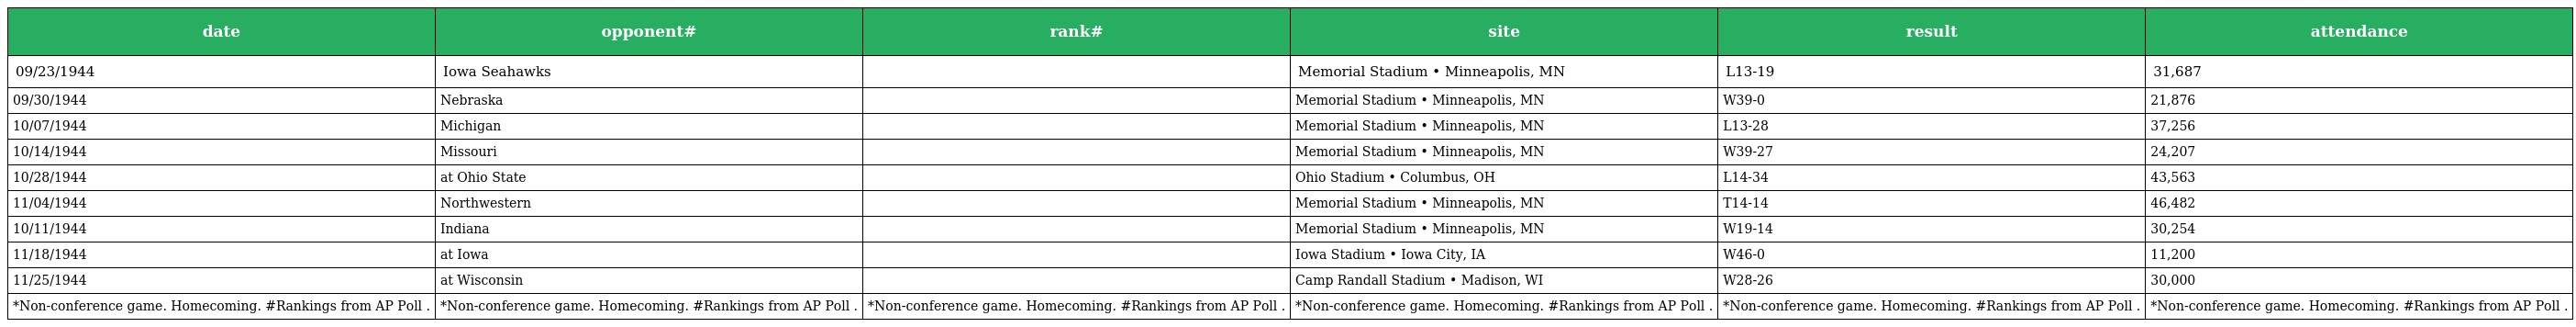
| date | opponent# | rank# | site | result | attendance |
 | --- | --- | --- | --- | --- | --- |
 | 09/23/1944 | Iowa Seahawks |  | Memorial Stadium • Minneapolis, MN | L13-19 | 31,687 |
 | 09/30/1944 | Nebraska |  | Memorial Stadium • Minneapolis, MN | W39-0 | 21,876 |
 | 10/07/1944 | Michigan |  | Memorial Stadium • Minneapolis, MN | L13-28 | 37,256 |
 | 10/14/1944 | Missouri |  | Memorial Stadium • Minneapolis, MN | W39-27 | 24,207 |
 | 10/28/1944 | at Ohio State |  | Ohio Stadium • Columbus, OH | L14-34 | 43,563 |
 | 11/04/1944 | Northwestern |  | Memorial Stadium • Minneapolis, MN | T14-14 | 46,482 |
 | 10/11/1944 | Indiana |  | Memorial Stadium • Minneapolis, MN | W19-14 | 30,254 |
 | 11/18/1944 | at Iowa |  | Iowa Stadium • Iowa City, IA | W46-0 | 11,200 |
 | 11/25/1944 | at Wisconsin |  | Camp Randall Stadium • Madison, WI | W28-26 | 30,000 |
 | *Non-conference game. Homecoming. #Rankings from AP Poll . | *Non-conference game. Homecoming. #Rankings from AP Poll . | *Non-conference game. Homecoming. #Rankings from AP Poll . | *Non-conference game. Homecoming. #Rankings from AP Poll . | *Non-conference game. Homecoming. #Rankings from AP Poll . | *Non-conference game. Homecoming. #Rankings from AP Poll . |